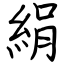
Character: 絹